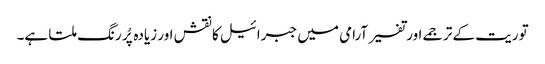
توریت کے ترجمے اور تفسیر آرامی میں جبرائیل کا نقش اور زیادہ پُر رنگ ملتا ہے۔